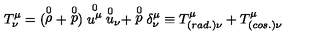
T _ { \nu } ^ { \mu } = ( \stackrel { 0 } { \rho } + \stackrel { 0 } { p } ) \stackrel { 0 } { { u } ^ { \mu } } { \stackrel { 0 } { u } } _ { \nu } + \stackrel { 0 } { p } \delta _ { \nu } ^ { \mu } \equiv T _ { ( r a d . ) \nu } ^ { \mu } + T _ { ( c o s . ) \nu } ^ { \mu }